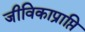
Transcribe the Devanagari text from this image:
जीविकाप्राप्ति